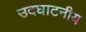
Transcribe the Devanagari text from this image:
उदघाटनीय